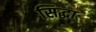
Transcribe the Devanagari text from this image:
सिद्धाः